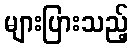
များပြားသည့်